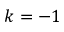
k = - 1